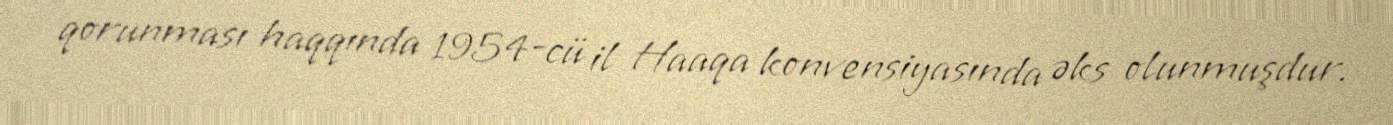
qorunması haqqında 1954-cü il Haaqa konvensiyasında əks olunmuşdur.